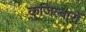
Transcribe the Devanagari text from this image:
कुजिल्वारों